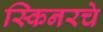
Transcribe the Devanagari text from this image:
स्किनरचे